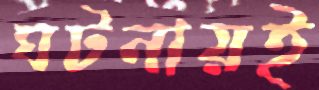
ঘটনায়ই